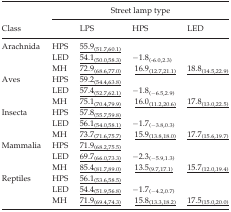
|  | <COLSPAN=4> Street lamp type |
 | Class |  | LPS | HPS | LED |
 | --- | --- | --- | --- | --- |
 | Arachnida | HPS | <underline>55.9(51.7,60.1)</underline> |  |  |
 |  | LED | <underline>54.1(50.0,58.3)</underline> | −1.8(-6.0,2.3) |  |
 |  | MH | <underline>72.9(68.6,77.0)</underline> | <underline>16.9(12.7,21.1)</underline> | <underline>18.8(14.5,22.9)</underline> |
 | Aves | HPS | <underline>59.2(54.4,63.8)</underline> |  |  |
 |  | LED | <underline>57.4(52.7,62.1)</underline> | −1.8(−6.5,2.9) |  |
 |  | MH | <underline>75.1(70.4,79.9)</underline> | <underline>16.0(11.2,20.6)</underline> | <underline>17.8(13.0,22.5)</underline> |
 | Insecta | HPS | <underline>57.8(55.7,59.8)</underline> |  |  |
 |  | LED | <underline>56.1(54.0,58.1)</underline> | −1.7(−3.8,0.3) |  |
 |  | MH | <underline>73.7(71.6,75.7)</underline> | <underline>15.9(13.8,18.0)</underline> | <underline>17.7(15.6,19.7)</underline> |
 | Mammalia | HPS | <underline>71.9(68.2,75.5)</underline> |  |  |
 |  | LED | <underline>69.7(66.0,73.3)</underline> | −2.3(−5.9,1.3) |  |
 |  | MH | <underline>85.4(81.7,89.0)</underline> | <underline>13.5(9.7,17.1)</underline> | <underline>15.7(12.0,19.4)</underline> |
 | Reptiles | HPS | <underline>56.1(53.6,58.5)</underline> |  |  |
 |  | LED | <underline>54.4(51.9,56.8)</underline> | −1.7(−4.2,0.7) |  |
 |  | MH | <underline>71.9(69.4,74.3)</underline> | <underline>15.8(13.3,18.2)</underline> | <underline>17.5(15.0,20.0)</underline> |